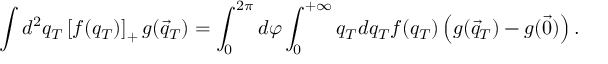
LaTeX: \int d ^ { 2 } q _ { T } \left[ f ( q _ { T } ) \right] _ { + } g ( \vec { q } _ { T } ) = \int _ { 0 } ^ { 2 \pi } d \varphi \int _ { 0 } ^ { + \infty } q _ { T } d q _ { T } f ( q _ { T } ) \left( g ( \vec { q } _ { T } ) - g ( \vec { 0 } ) \right) .